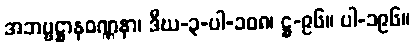
အဘဗ္ဗဋ္ဌာနဝဏ္ဏနာ၊ ဒီဃ-၃-ပါ-၁၀၈၊ ဋ္ဌ-၉၆။ ပါ-၁၉၆။